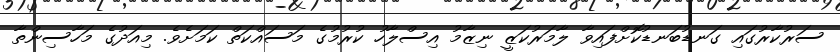
ސަރުކާރުގައި ގަނޑުބަނޑުކޮށްފައިވާ ލާމަރުކަޒީ ނިޒާމު އިސްލާހު ކުރުމުގެ މަސައްކަތް ކަމަށެވެ. މިއަދުގެ މަހާސިންތާ